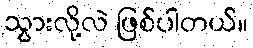
သွားလို့လဲ ဖြစ်ပါတယ်။